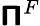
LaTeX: \boldsymbol{\mathsf{\Pi}}^{F}